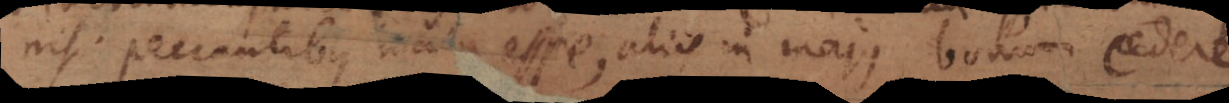
nisi peccantibus mala esse, aliis in majus bonum cedere.